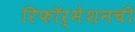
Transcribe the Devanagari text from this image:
रिफॉर्मेशनची